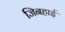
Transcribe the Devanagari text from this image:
जिनहाई